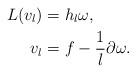
LaTeX: \begin{align*}L(v_l) &= h_l \omega,\\v_l&= f - \frac{1}{l} \partial\omega.\end{align*}